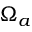
\Omega _ { a }